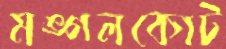
মঙ্গলকোট